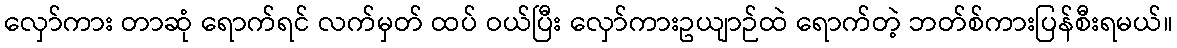
လှော်ကား တာဆုံ ရောက်ရင် လက်မှတ် ထပ် ဝယ်ပြီး လှော်ကားဥယျာဉ်ထဲ ရောက်တဲ့ ဘတ်စ်ကားပြန်စီးရမယ်။